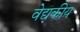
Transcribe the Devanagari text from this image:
वेद्यकीय